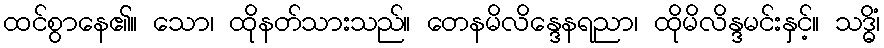
ထင်စွာနေ၏။ သော၊ ထိုနတ်သားသည်။ တေနမိလိန္ဒေနရညာ၊ ထိုမိလိန္ဒမင်းနှင့်။ သဒ္ဓိံ၊